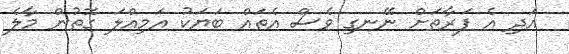
އަދި އެ ފަރާތަށް ނޭނގި ވެސް އެތައް ބަޔަކު އަމިއްލަ ގޮތުން މާލެ